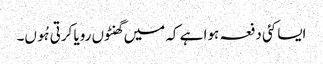
ایسا کئی دفعہ ہوا ہے کہ میں گھنٹوں رویا کرتی ہُوں۔